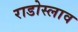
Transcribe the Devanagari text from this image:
राडोस्लाव